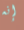
إنه